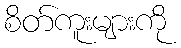
စိတ်ကူးများကို